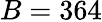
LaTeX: B=364